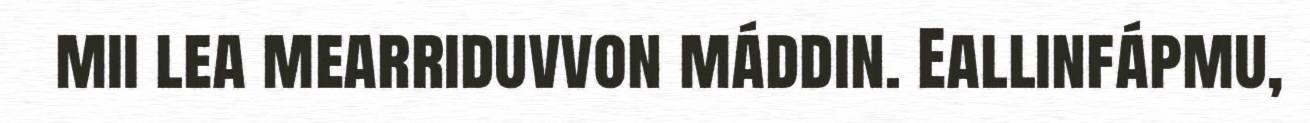
mii lea mearriduvvon máddin. Eallinfápmu,